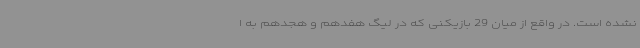
نشده است. در واقع از میان 29 بازیکنی که در لیگ هفدهم و هجدهم به ا